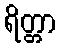
ရိတ္တာ